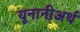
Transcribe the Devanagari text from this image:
यूनानीअर्थ